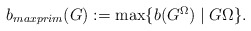
\begin{align*} \mbox{ $b_{maxprim}(G):=\max\{b(G^\Omega) \mid G \Omega\}$.}\end{align*}